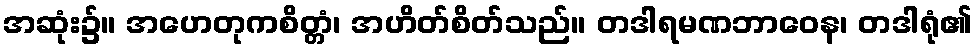
အဆုံး၌။ အဟေတုကစိတ္တံ၊ အဟိတ်စိတ်သည်။ တဒါရမဏဘာဝေန၊ တဒါရုံ၏